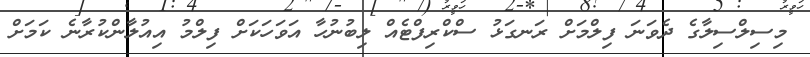
މިސިލްސިލާގެ ދެވަނަ ފިލްމަށް ރަނގަޅު ސްކްރިފްޓެއް ލިބުނުހާ އަވަހަކަށް ފިލްމު އިއުލާންކުރާނެ ކަމަށް